Eesti_Rahvusfond, lk 3
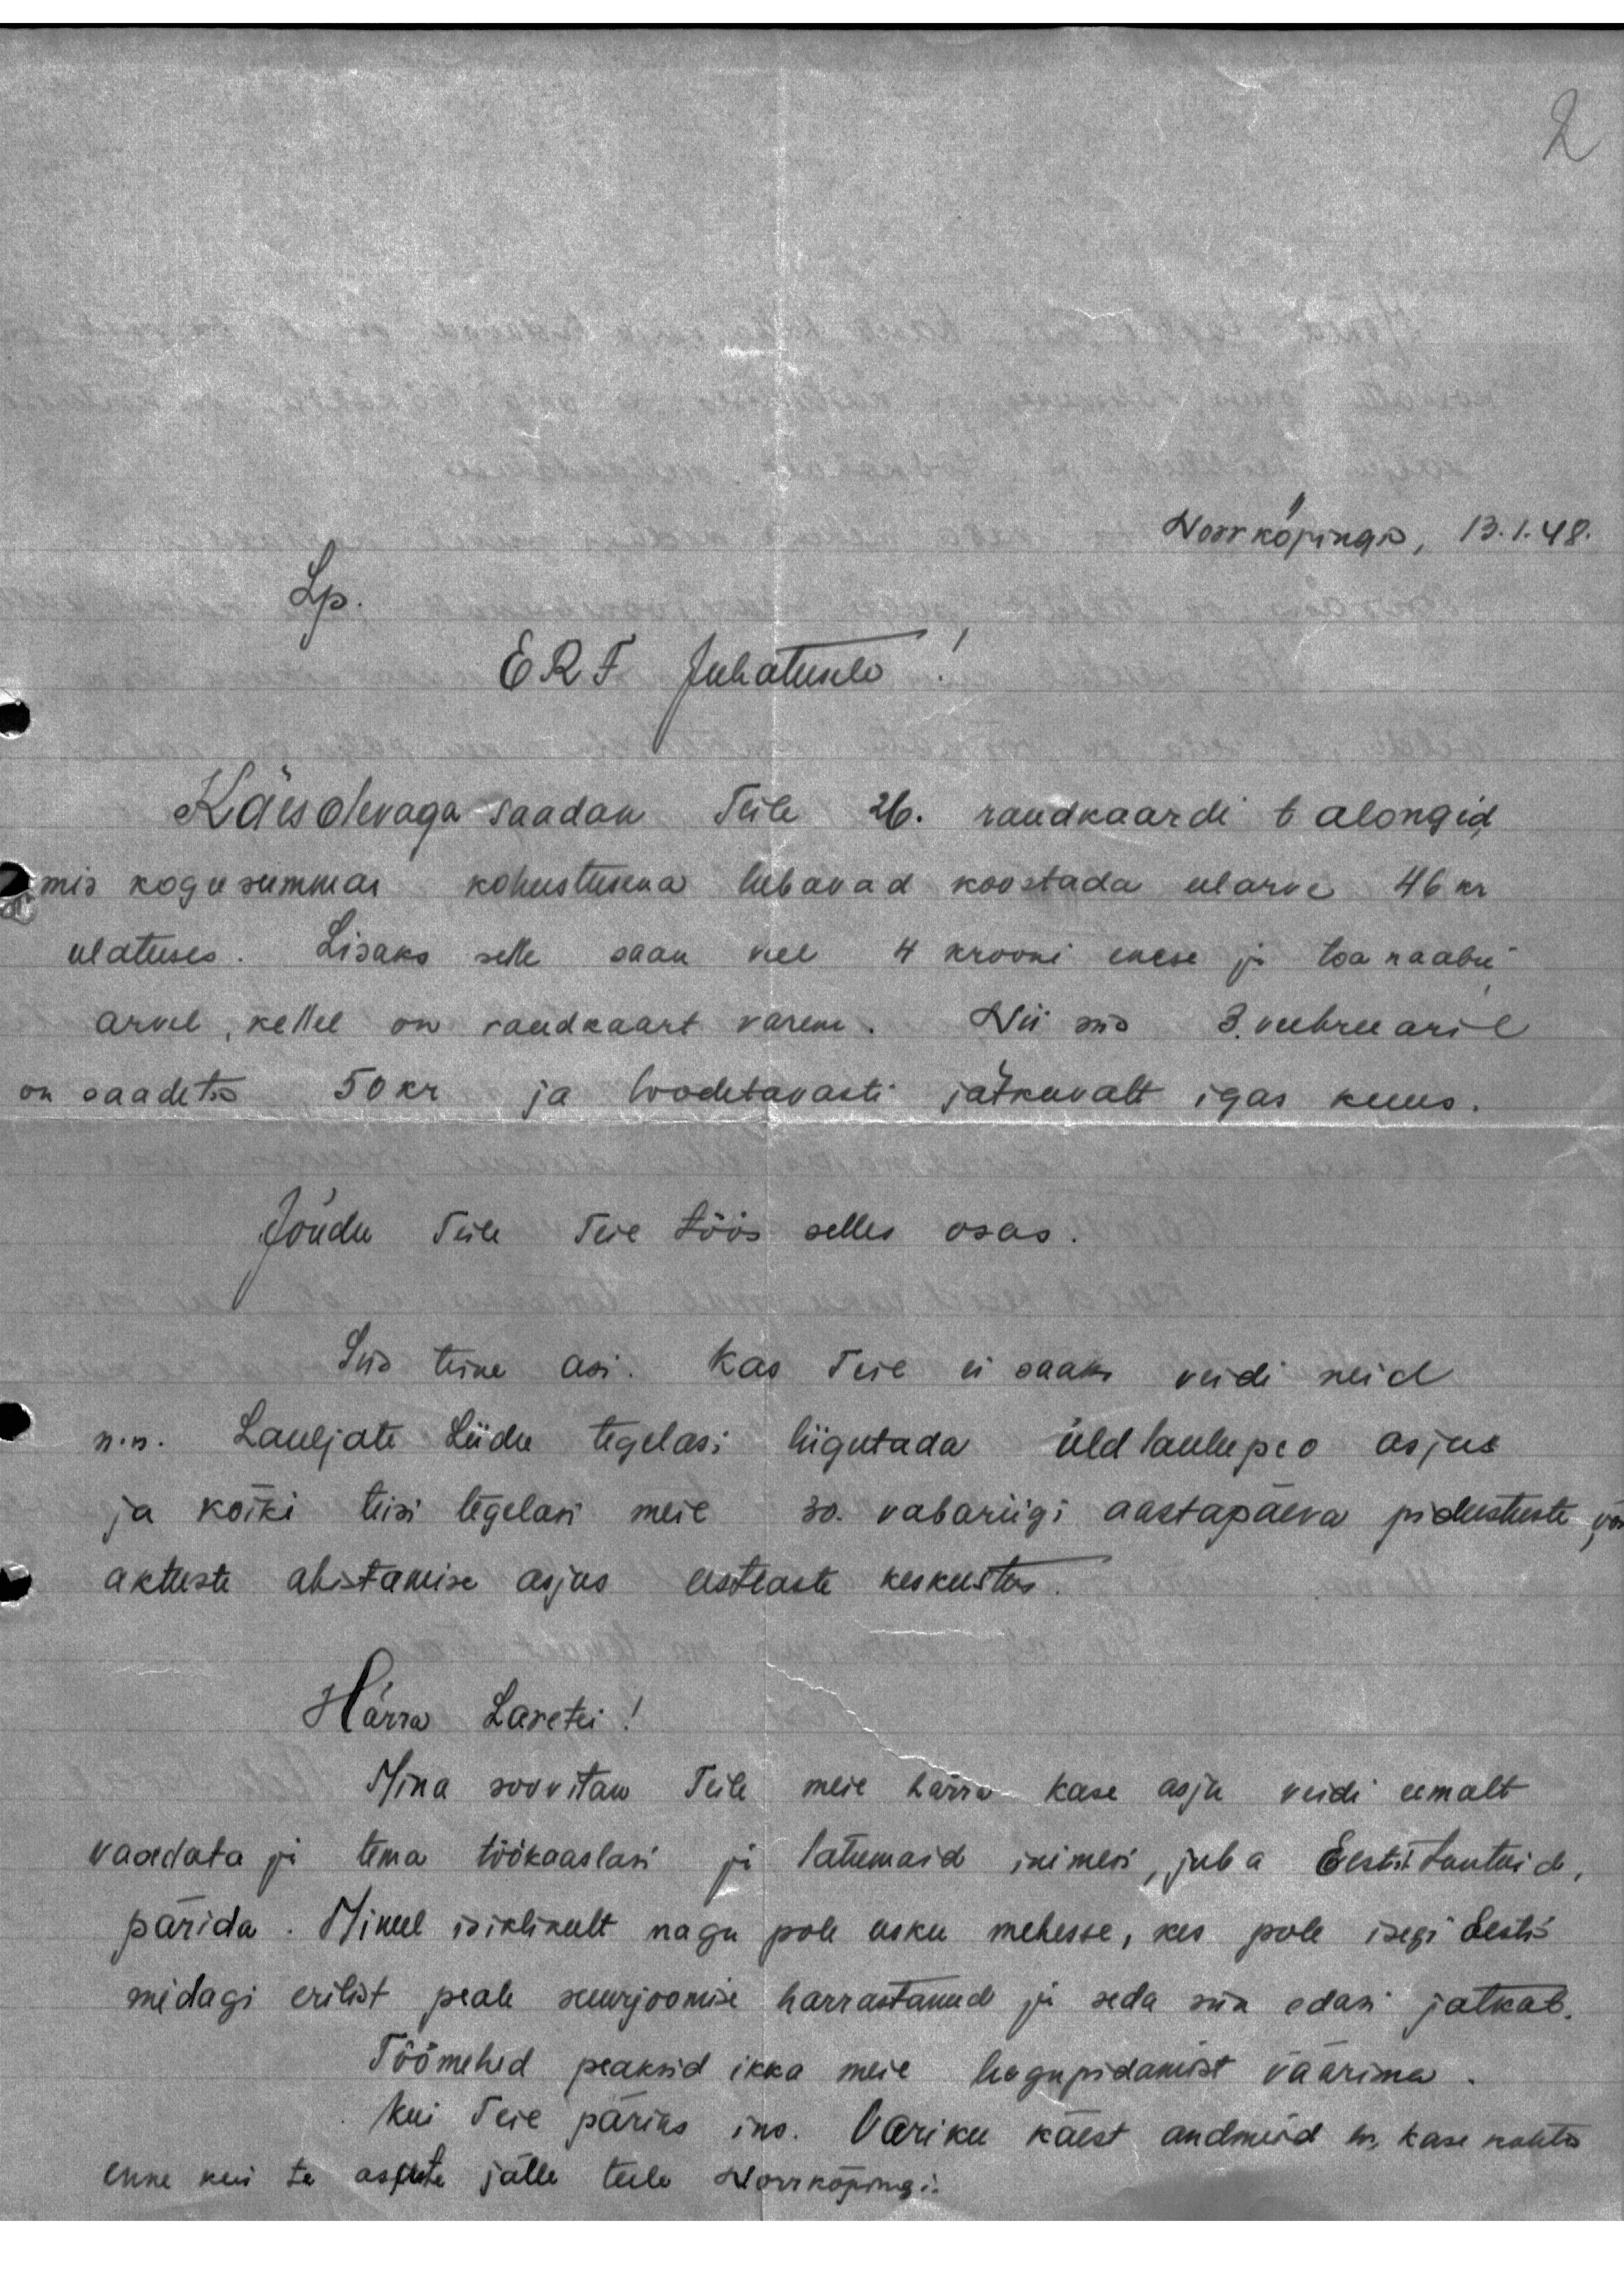
Norrkopingn, 13.1.48.
Lp
ERF Juhatusele
Käesolevaga saadan Teile 26. raudkaardi talongid
mis kogusummas kohustusena lubavad koostada eelarve 46 kr
ulatuses. Lisaks selle saan veel 4 krooni enese ja toanaabri
arvel, kellel on raudkaart varem. Nii mis 3 veebruaril
on saadetis 50 kr. ja loodetavasti jätkavalt igas kuus.
Jõudu Teile Teie töös selles osas.
Siis teine asi. Kas Teie ei saaks veidi neid
n.n. Lauljate Liidu tegelasi liigutada üldlaulupeo asjus
ja kõiki teisi tegelasi meie 30. vabariigi aastapäeva pidustuste või
aktuste abistamise asjus eestlaste keskustes.
Härra Laretei!
Mina soovitav Teile meie kärra Kase asju veidi eemalt,
vaadata ja tema töökaaslasi ja lähemaid inimesi, juba Eesti tuntuid,
pärida. Minule isiklikult nagu pole usku mehesse, kes pole isegi Eestis
midagi erilist peale suurjoomise harrastanud ja seda siin edasi jatkab.
Töömehed peaksid ikka meie kogupidamist väärima.
kui Teie päriks ins. Variku käest andmeid hr. kase kohta
enne kui te asute jälle teele Norrköpingi.